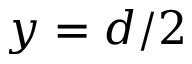
y = d / 2